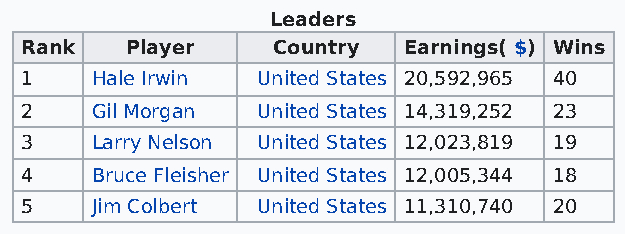
Leaders
 Rank   Player    Country  Earnings( $) Wins
 1    Hale Irwin United States 20,592,965 40
 2    Gil Morgan United States 14,319,252 23
 3    Larry Nelson United States 12,023,819 19
 4    Bruce Fleisher United States 12,005,344 18
 5    Jim Colbert United States 11,310,740 20